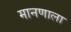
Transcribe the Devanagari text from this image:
मानणाला